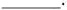
___.